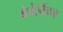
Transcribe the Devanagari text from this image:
बेवेर्विक्ज्